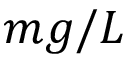
m g / L